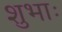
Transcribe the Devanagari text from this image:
शुभाः